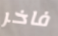
فاخر